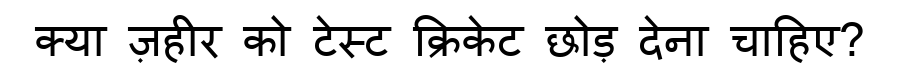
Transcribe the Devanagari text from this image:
क्या ज़हीर को टेस्ट क्रिकेट छोड़ देना चाहिए?